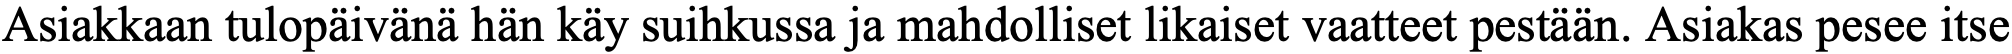
Asiakkaan tulopäivänä hän käy suihkussa ja mahdolliset likaiset vaatteet pestään. Asiakas pesee itse